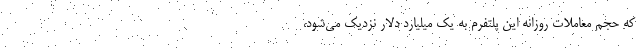
که حجم معاملات روزانه این پلتفرم به یک میلیارد دلار نزدیک می‌شود،